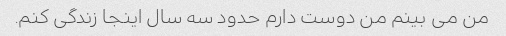
من می بینم من دوست دارم حدود سه سال اینجا زندگی کنم.